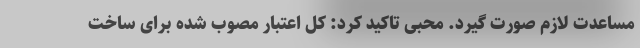
مساعدت لازم صورت گیرد. محبی تاکید کرد: کل اعتبار مصوب شده برای ساخت